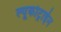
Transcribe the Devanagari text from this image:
ल्यूकोट्राईन